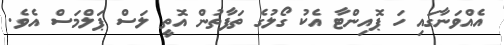
އެއްވަނާގައި ހަ ޕޮއިންޓާ އެކު ގޯލުގެ ތަފާތުން އޮތީ ލަސް ޕަލްމަސް އެވެ.